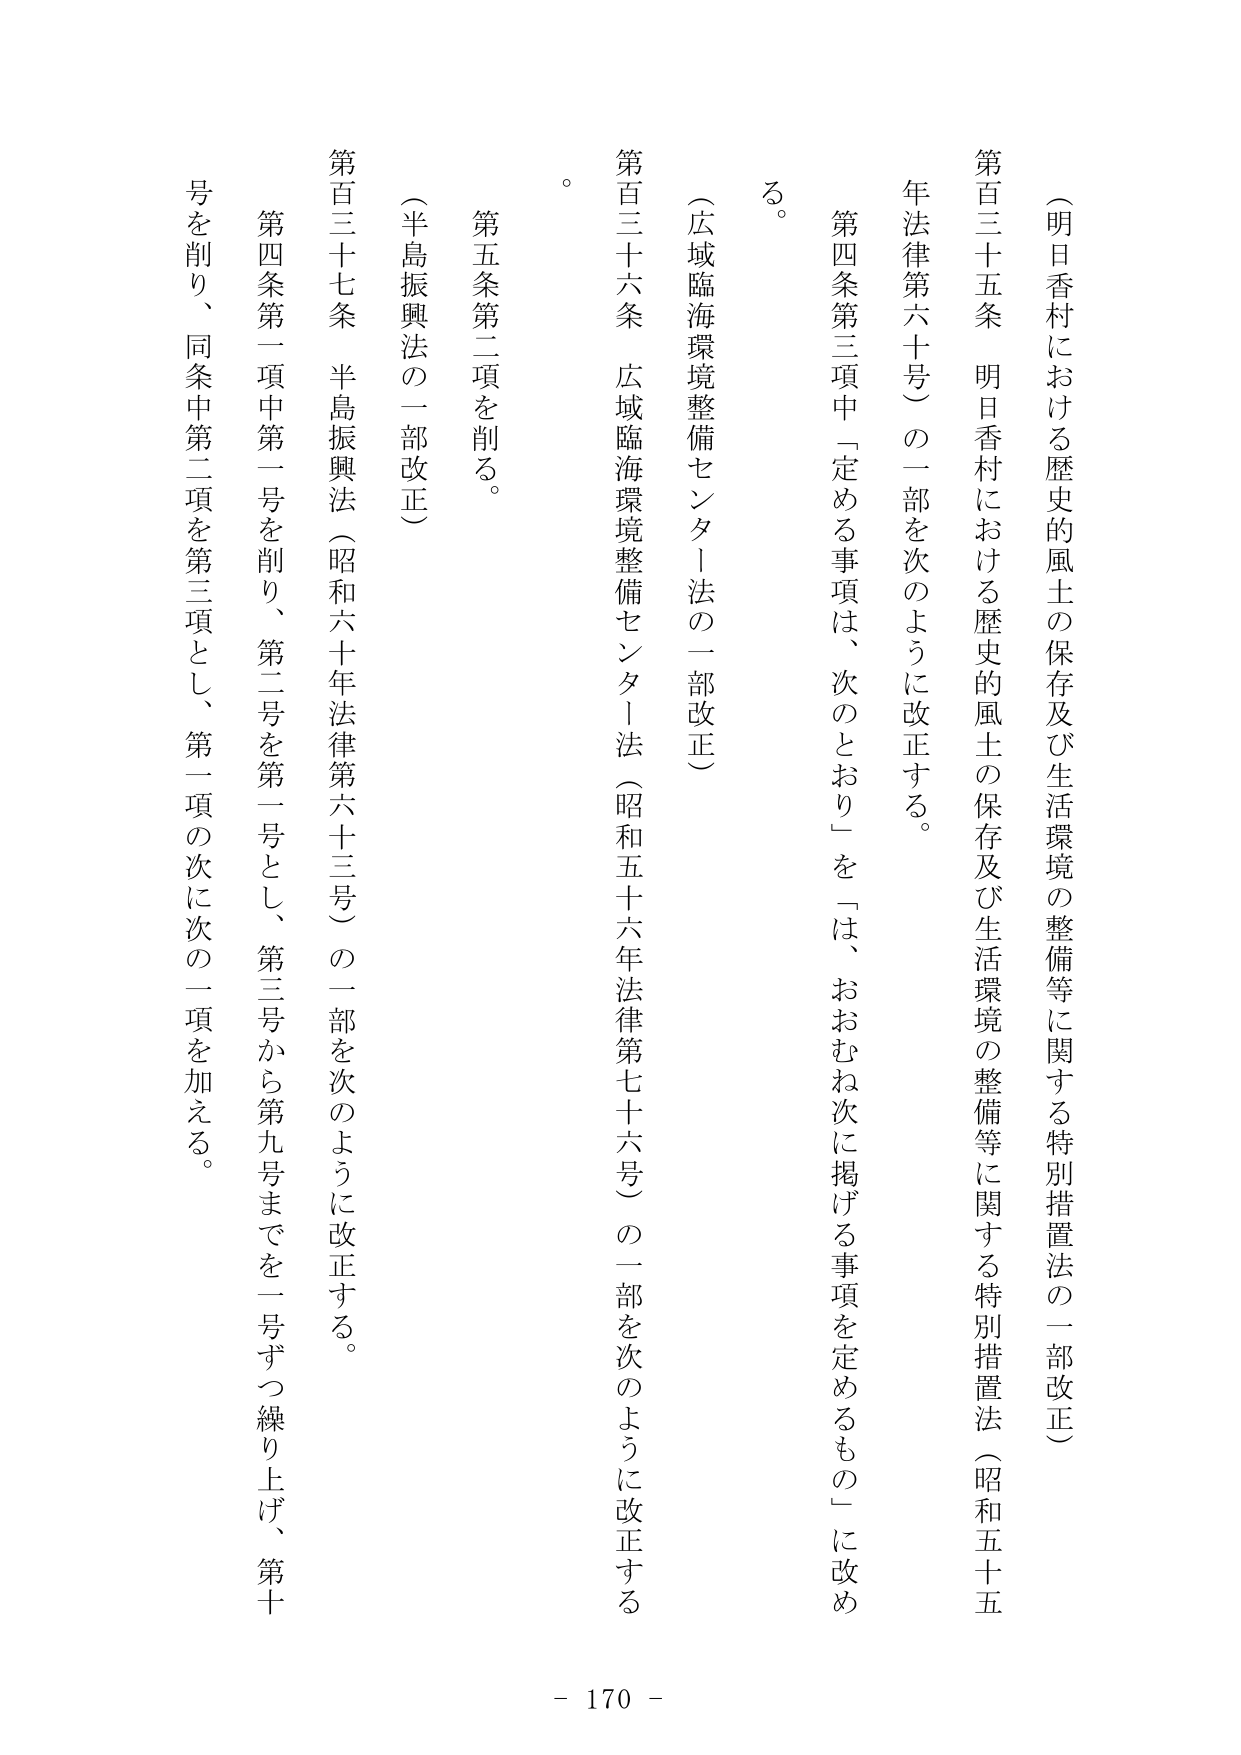
（明日香村における歴史的風土の保存及び生活環境の整備等に関する特別措置法の一部改正）

第百三十五条　明日香村における歴史的風土の保存及び生活環境の整備等に関する特別措置法（昭和五十五年法律第六十号）の一部を次のように改正する。

第四条第三項中「定める事項は、次のとおり」を「は、おおむね次に掲げる事項を定めるもの」に改める。

（広域臨海環境整備センター法の一部改正）

第百三十六条　広域臨海環境整備センター法（昭和五十六年法律第七十六号）の一部を次のように改正する。

第五条第二項を削る。

（半島振興法の一部改正）

第百三十七条　半島振興法（昭和六十年法律第六十三号）の一部を次のように改正する。

第四条第一項中第一号を削り、第二号を第一号とし、第三号から第九号までを一号ずつ繰り上げ、第十号を削り、同条中第二項を第三項とし、第一項の次に次の一項を加える。

- 170 -